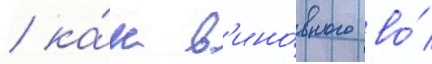
/ ка́к в'ино́вного во́